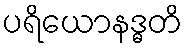
ပရိယောနဒ္ဓတိ